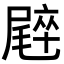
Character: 𡳝